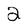
Character: 2